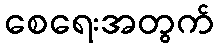
စေရေးအတွက်